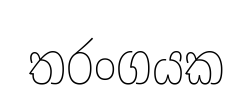
තරංගයක